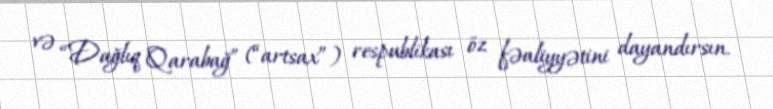
və “Dağlıq Qarabağ” (“artsax”) respublikası öz fəaliyyətini dayandırsın.